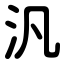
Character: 汎